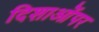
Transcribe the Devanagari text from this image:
दिशाओंपर